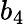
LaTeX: b_{4}